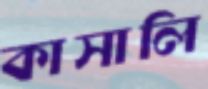
কাসালি